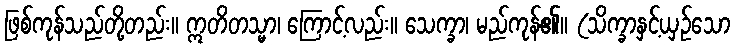
ဖြစ်ကုန်သည်တို့တည်း။ ဣတိတသ္မာ၊ ကြောင့်လည်း။ သေက္ခာ၊ မည်ကုန်၏။ (သိက္ခာနှင့်ယှဉ်သော